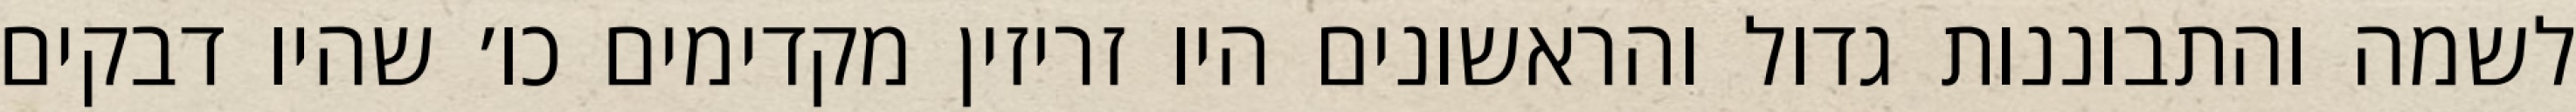
לשמה והתבוננות גדול והראשונים היו זריזין מקדימים כו׳ שהיו דבקים